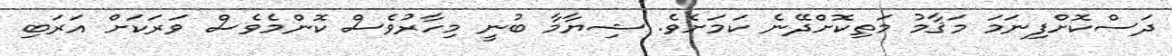
ދަސްކޮށްފިނަމަ މަޤާމު މަތިކޮށްދޭނެ ކަމަށެވެ. ޝިޔާމާ ބުނީ މިހާރުވެސް ކޮންމެވެސް ވަރަކަށް އަރަބި